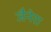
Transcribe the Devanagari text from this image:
जैनेरा